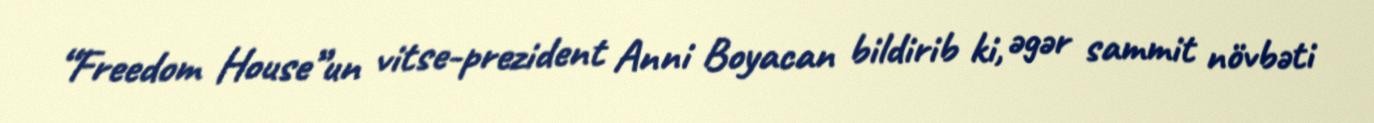
“Freedom House”un vitse-prezident Anni Boyacan bildirib ki, əgər sammit növbəti